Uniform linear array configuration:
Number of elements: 4
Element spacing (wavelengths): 0.5
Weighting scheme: blackman
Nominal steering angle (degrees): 45
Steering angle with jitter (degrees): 44.466
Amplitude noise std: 0.05
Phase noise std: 0.05

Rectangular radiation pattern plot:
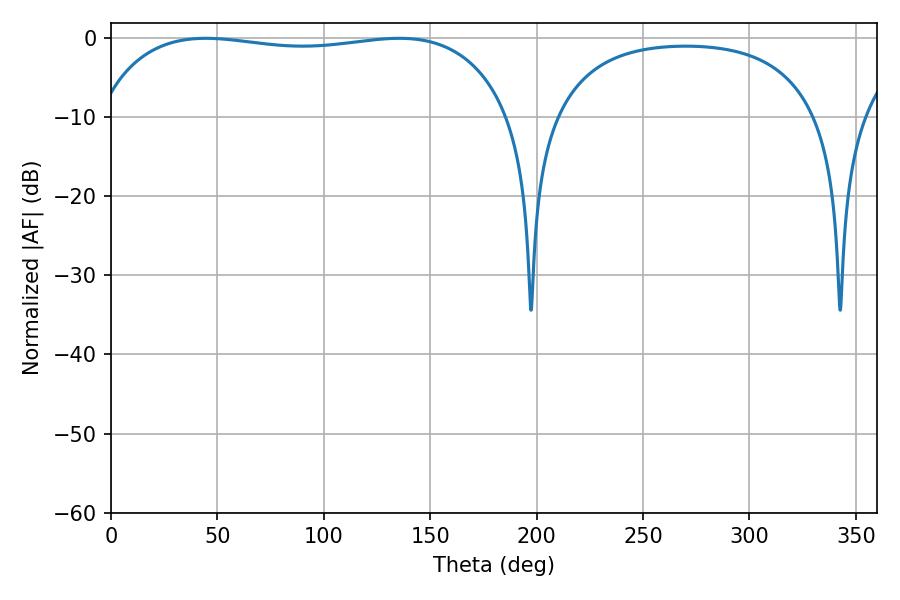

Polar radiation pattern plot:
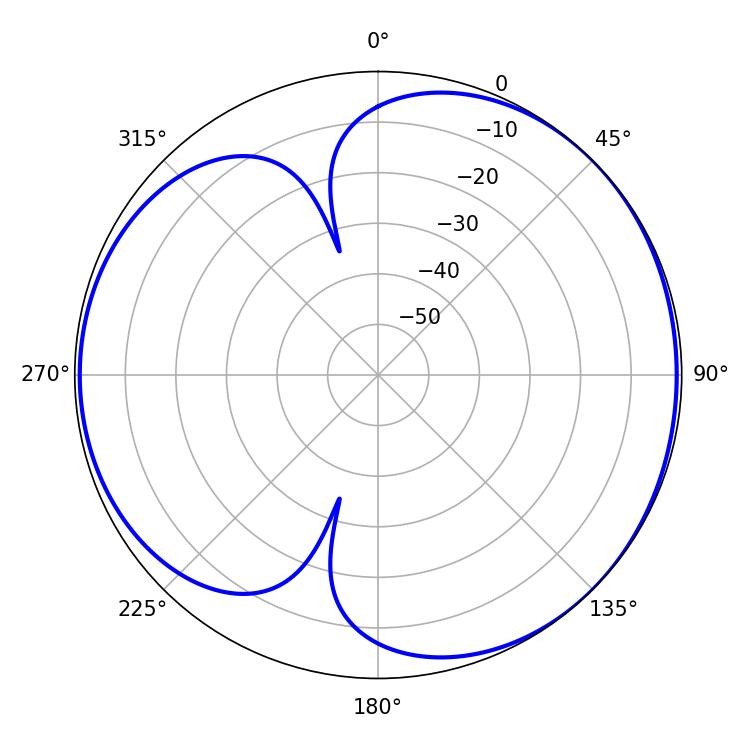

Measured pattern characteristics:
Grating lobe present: FALSE
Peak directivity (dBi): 4.433
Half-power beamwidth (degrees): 156.6
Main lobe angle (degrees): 44.46